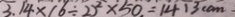
3 . 1 4 \times ( 6 \div 2 ) ^ { 2 } \times 5 0 = 1 4 1 3 c m